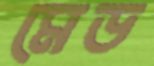
মেড